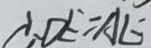
\therefore D E / / A E